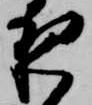
夜